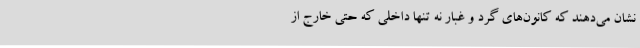
نشان می‌دهند که کانون‌های گرد و غبار نه تنها داخلی که حتی خارج از